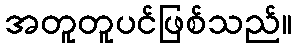
အတူတူပင်ဖြစ်သည်။